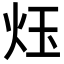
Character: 𪸛